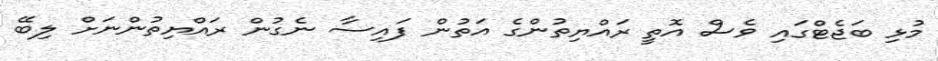
މުޅި ބަޖެޓްގައި ވެސް އޮތީ ރައްޔިތުންގެ އަތުން ފައިސާ ނެގުން ރައްޔިތުންނަށް ލިބޭ